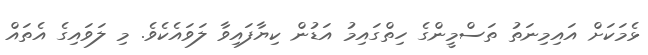
ޅެމަކަށް އައިމިނަތު ތަސްމީންގެ ހިތްގައިމު އަޑުން ކިޔާފައިވާ ލަވައެކެވެ. މި ލަވައިގެ އެތައް